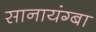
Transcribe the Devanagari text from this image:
सानायंग्बा